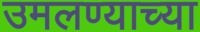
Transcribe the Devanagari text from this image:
उमलण्याच्या